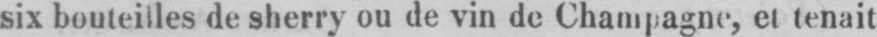
six bouteilles de sherry ou de vin de Champagne, et tenait